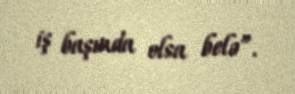
iş başında olsa belə”.